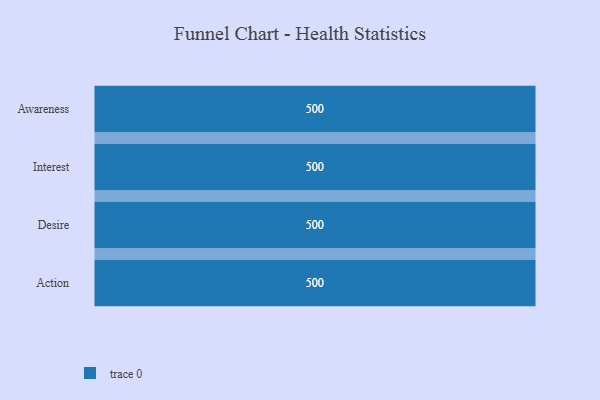
{"axis": {"x": "Stage", "y": "Value"}, "legend": [""], "data": [{"x": "Awareness", "y": 500, "type": ""}, {"x": "Interest", "y": 500, "type": ""}, {"x": "Desire", "y": 500, "type": ""}, {"x": "Action", "y": 500, "type": ""}]}